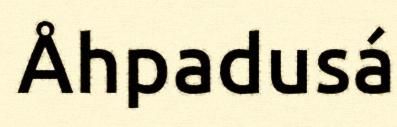
Åhpadusá